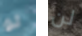
لو لن